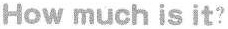
How much is it?